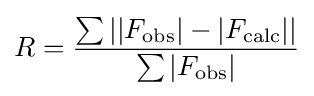
R={\frac {\sum {||F_{\text{obs}}|-|F_{\text{calc}}||}}{\sum {|F_{\text{obs}}|}}}